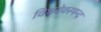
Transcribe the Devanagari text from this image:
विश्वदेवस्पन्द